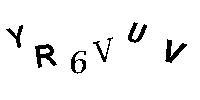
YR6VUV